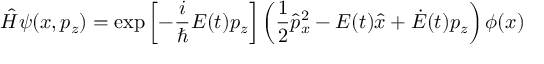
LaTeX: \hat { H } \psi ( x , p _ { z } ) = \exp \left[ - \frac { i } { \hbar } E ( t ) p _ { z } \right] \left( \frac { 1 } { 2 } \hat { p } _ { x } ^ { 2 } - E ( t ) \hat { x } + \dot { E } ( t ) p _ { z } \right) \phi ( x )